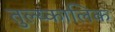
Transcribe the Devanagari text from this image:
तुल्य्कालिक